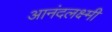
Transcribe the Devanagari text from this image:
आनंदलक्ष्मी